Civil Veterinary Department Bihar reports 1940-50 - 1940-1950
Year: 1940
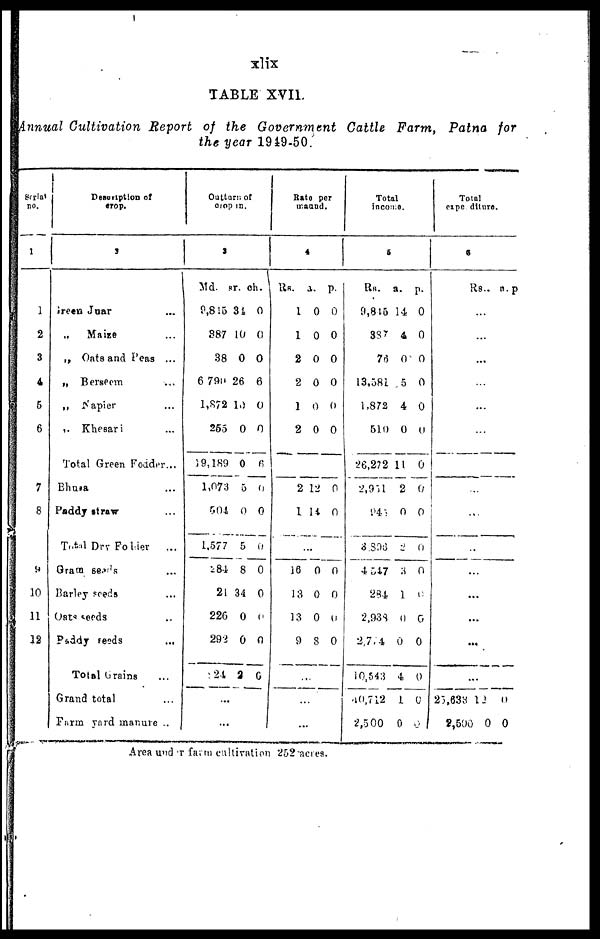
xlix
TABLE XVII.
Annual Cultivation Report of the Government Cattle Farm, Patna for
the year 1949-50.
Serial
no.
1
1
2
3
4
5
6
7
8
9
10
11
12
Description of
crop.
2
Green Juar …
„ Maize …
„ Oats and Peas ...
„ Berseem …
„ Napier …
„ Khesari …
Total Green Fodder ...
Bhwsa …
Paddy straw …
Total Dry Folder
...
Gram seads …
Barley seeds …
Oats seeds …
Paddy reeds …
Total Grains …
Grand total
Farm yard manure ..
Outturn of
crop in.
3
Md.
9,815
387
38
6 790
1,872
255
19,189
1,073
504
1,577
284
21
226
292
224
...
…
sr.
34
10
0
26
10
0
0
5
0
5
8
34
0
0
2
ch.
0
0
0
6
0
0
6
0
0
0
0
0
0
0
0
Rate per
maund.
4
Rs.
1
1
2
2
1
2
a.
0
0
0
0
0
0
p.
0
0
0
0
0
0
…
2
1
16
13
13
9
12
14
...
0
0
0
8
...
…
...
0
0
0
0
0
0
Total
income.
5
Rs.
9,845
337
76
13,581
1,872
510
26,272
2,951
945
3,896
4 547
284
2,938
2,774
10,543
40,712
2,500
a.
14
4
0
5
4
0
11
2
0
2
3
1
0
0
4
1
0
p.
0
0
0
0
0
0
0
0
0
0
0
0
0
0
0
0
0
Total
expenditure.
6
Rs.,
…
…
…
…
...
…
…
…
…
…
…
...
...
…
…
25,633
2,500
a.
12
0
p
0
0
Area under farm cultivation 252 acres.